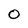
Character: 0